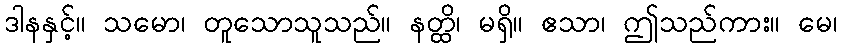
ဒါနနှင့်။ သမော၊ တူသောသူသည်။ နတ္ထိ၊ မရှိ။ ဧသာ၊ ဤသည်ကား။ မေ၊